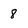
Character: 8